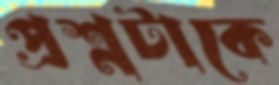
প্রশ্নটাকে